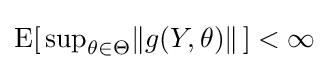
\operatorname {E} [\,\textstyle \sup _{\theta \in \Theta }\lVert g(Y,\theta )\rVert \,]<\infty